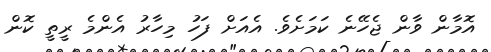
އޮމާން ވާން ޖެހޭނެ ކަމަށެވެ. އެއަށް ފަހު މިހާރު އެންމެ ރީތީ ކޮން